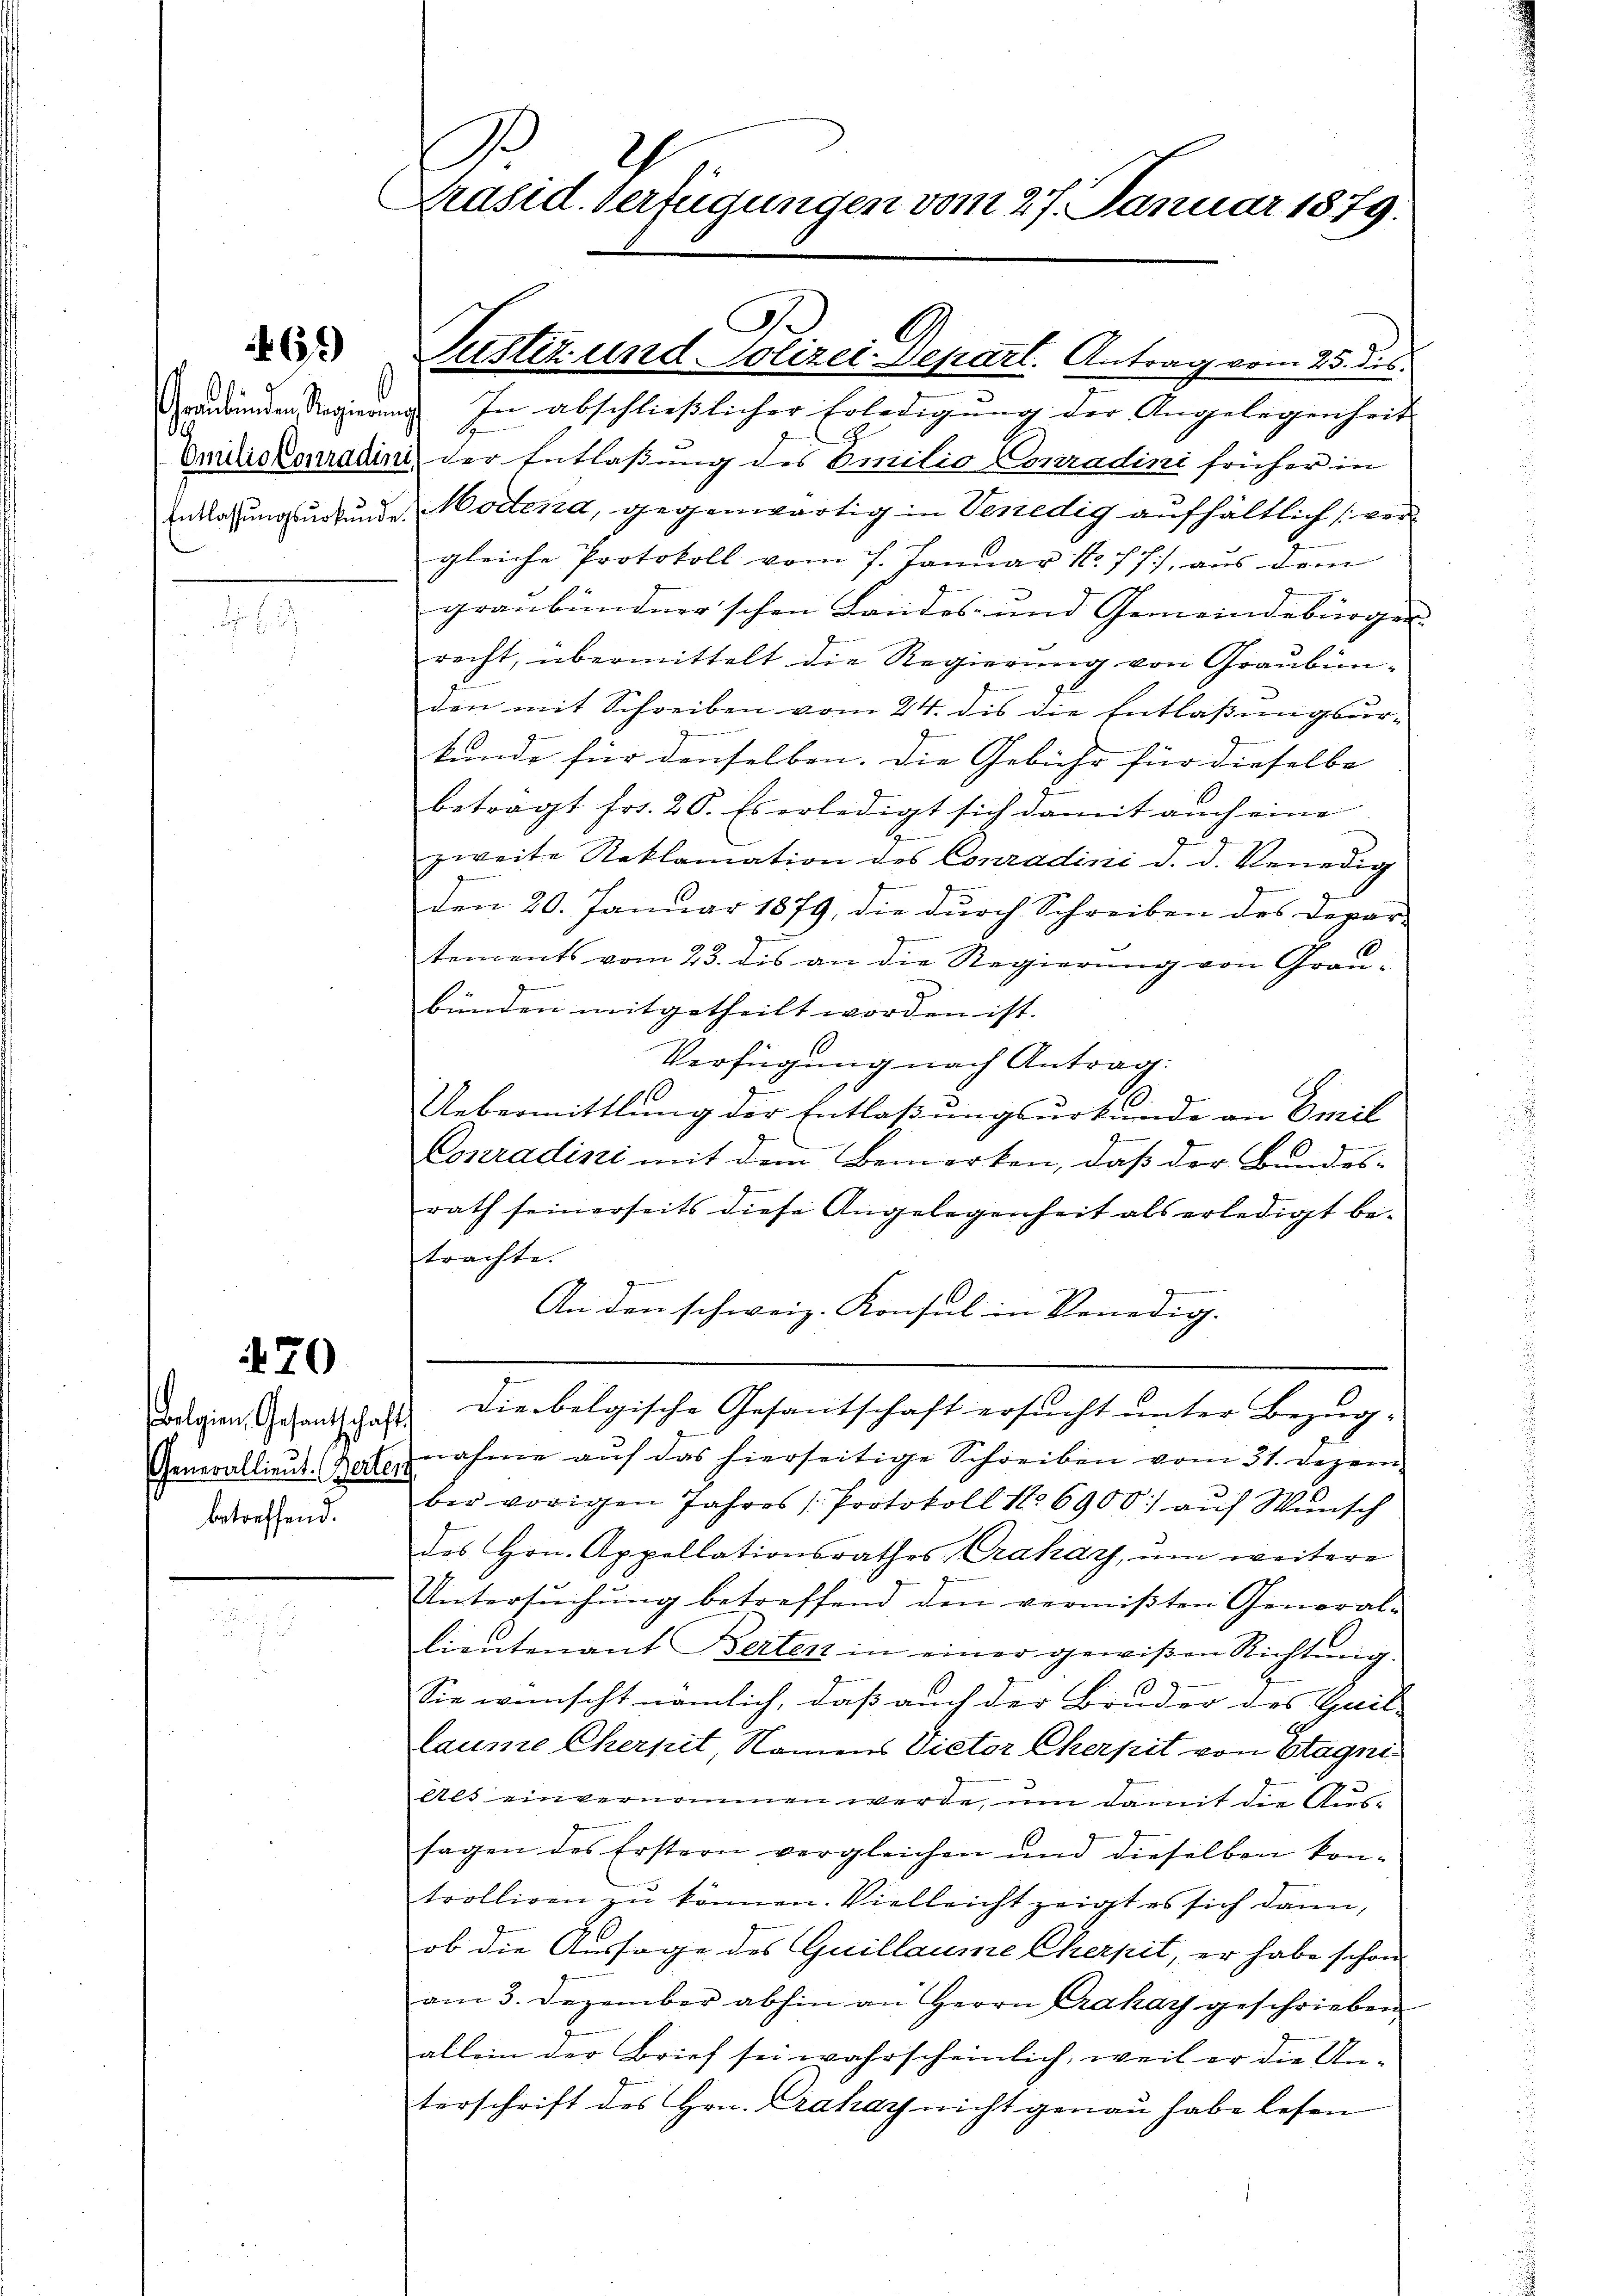
67)

l

470

Generallieut. (Berten
betreffend.

.
Präsid. Verfügungen vom 27. Januar 1879.

Grundendensregierung. In abschließlicher Erledigung der Angelegenheit
G.
Quidckomadin der Entlaßung des Emilio Conradini früher in
Entlassungsurkunde Mottenza, gegenwärtig in Venedig aufhältlich vergleiche Protokoll vom 7. Januar No. 77), aus dem
graubündner’schen Landes- und Gemeindebürger
recht, übermittelt die Regierung von Graubünden mit Schreiben vom 24. dis die Entlaßungsurkunde für denselben. Die Gebühr für dieselbe |
betragt Fr. 20. Es erledigt sich damit auch eine
zweite Reklamation des Conradini d. d. Venedig
den 20. Januar 1879, die durch Schreiben des Depar-
tements vom 23. dis an die Regierung von Grau¬
.
bünden mitgetheilt worden ist.
Verfügung nach Antrag:
Uebermittlung der Entlaßungsurkunde an Emil
Conradini mit dem Bemerken, daß der Bundes-
rath seinerseits diese Angelegenheit als erledigt betrachte.
An den schweiz. Konsul in Venedig-
Danien Gesantschaft die belgische Gesantschaft ersŭcht ŭnter Bezŭg.
nahme auf das hierseitige Schreiben vom 31. Dezem
bei vorigen Jahres Protokoll No 6900) auf Wunsch
des Hrn. Appellationsrathes Craház, ŭm weitere
Untersuchung betreffend den vermißten Generallieutenant Berten in einer gewißen Richtŭng.
2
Sie wünscht nämlich, daß auch der Bruder des Gail-
laume Cherpit, Namens Victor Cherpit von Etagni¬
Als einvernommen werde, um damit die Aussagen des Erstern vergleichen und dieselben kontrolligen zu können. Vielleicht zeigt es sich dann,
ob die Aussage des Quillaume Cherpit, er habe schon
am 3. Dezember abhin an Herrn Grahay geschrieben.
allein der Brief sei wahrscheinlich, weil er die An-
terschrift des Hrn. Prakay nicht genau habe lesen

Justiz und Polizei Depart. Antrag vom 25. ds.